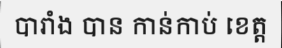
បារាំង បាន កាន់កាប់ ខេត្ត